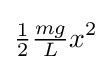
{\tfrac {1}{2}}{\tfrac {mg}{L}}x^{2}